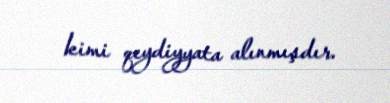
kimi qeydiyyata alınmışdır.